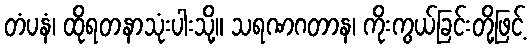
တံပနံ၊ ထိုရတနာသုံးပါးသို့။ သရဏဂတာန၊ ကိုးကွယ်ခြင်းတို့ဖြင့်